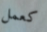
كعمل